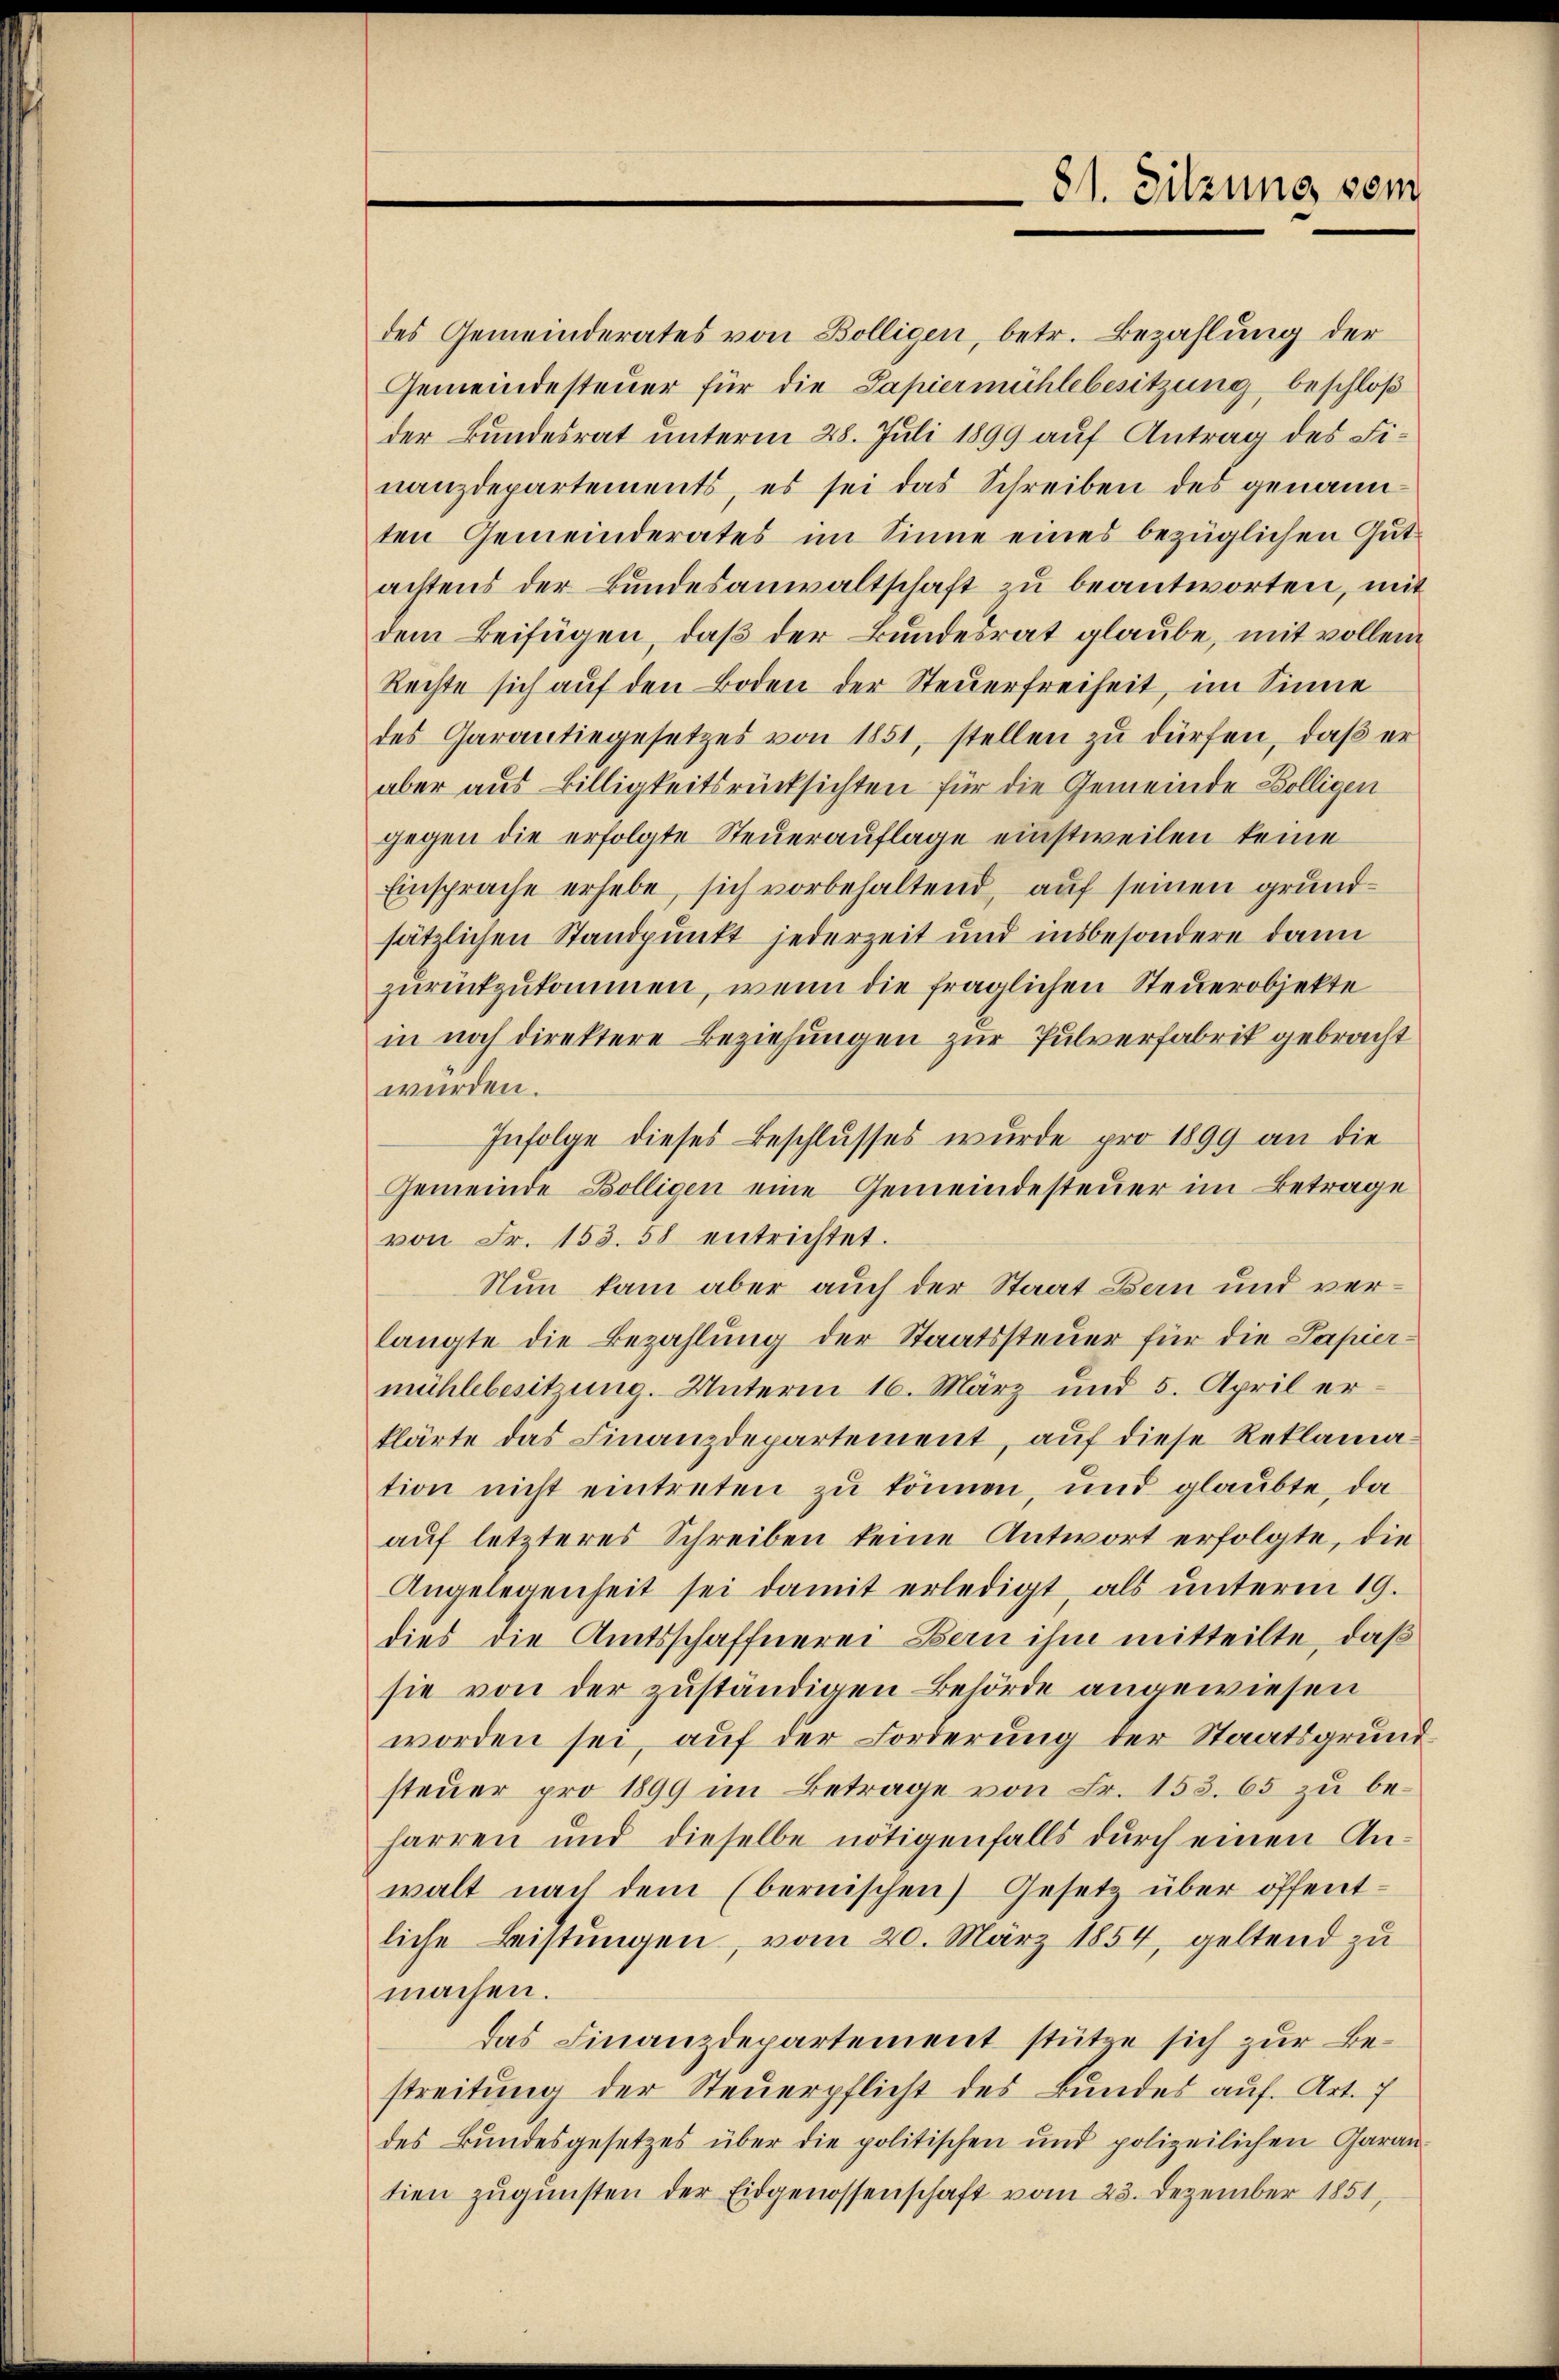
des Gemeinderates von Bölligen, betr. Bezahlung der
Gemeindesteuer für die Papiermühlebesitzung, beschloß
der Bundesrat unterm 28. Juli 1899 auf Antrag des Finanzdepartements, es sei das Schreiben des genannten Gemeinderates im Sinne eines bezüglichen Gutachtens der Bundesanwaltschaft zu beantworten, mit
dem Beifügen, daß der Bundesrat glaube, mit vollem
Rechte sich auf den Boden der Steuerfreiheit, im Sinne
des Garantiegesetzes von 1851, stellen zŭ dürfen, daβ er
aber aus Billigkeitsrücksichten für die Gemeinde Völligen
gegen die erfolgte Steuerauflage einstweilen keine
Einsprache erhebe, sich vorbehaltend, auf seinen grundsätzlichen Standpunkt jederzeit und insbesondere dann
zurückzukommen, wenn die fraglichen Steuerobjekte
in noch direktere Beziehungen zur Pulverfabrik gebracht
würden.
Infolge dieses Beschlusses wurde pro 1899 an die
Gemeinde Bölligen eine Gemeindesteuer im Betrage
von Fr. 153. 58 entrichtet.
Nun kam aber auch der Staat Bern und verlangte die Bezahlung der Staatssteuer für die Papiermühlebesitzung. Unterm 16. März und 5. April er-
klärte das Finanzdepartement, auf diese Reklamation nicht eintreten zŭ können, und glaubte, da
auf letzteres Schreiben keine Antwort erfolgte, die
Angelegenheit sei damit erledigt, als ŭnterm 19.
dies die Amtsschaffnerei Bern ihm mitteilte, daß
sie von der zuständigen Behörde angewiesen
worden sei, auf der Forderung der Staatsgrund
steuer pro 1899 im Betrage von Fr. 153. 65 zu beharren und dieselbe nötigenfalls durch einen Anwalt nach dem (bernischen Gesetz über öffentliche Leistungen, vom 20. März 1854, geltend zu
machen.
das Finanzdepartement stütze sich zur Be-
streitung der Steuerpflicht des Bundes auf. Art. 7
des Bundesgesetzes über die politischen und polizeilichen Garan
tien zŭgŭnsten der Eidgenossenschaft vom 23. Dezember 1851,

81. Sitzung vom